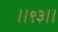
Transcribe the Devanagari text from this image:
।।९३।।